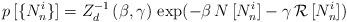
LaTeX: \begin{align*}p \, [\{ N_n^i \}] = Z_d^{-1} \, (\beta , \gamma) \, \exp (-\beta \, N\, [N_n^i] - \gamma \, {\cal R} \, [N_n^i]) \end{align*}